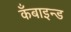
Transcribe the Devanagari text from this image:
कँबाइन्ड